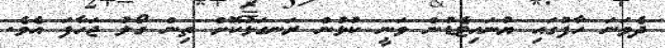
ދެވަނަ ހާފުގައި ޔުނައިޓެޑުން ވަނީ ކުޅުން ރަނގަޅުކޮށް ތިން ގޯލު ޖަހާފަ އެވެ.